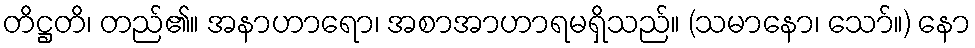
တိဋ္ဌတိ၊ တည်၏။ အနာဟာရော၊ အစာအာဟာရမရှိသည်။ (သမာနော၊ သော်။) နော